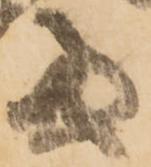
両